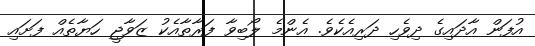
އުފަން އާދައިގެ ދިވެހި ދަރިއެކެވެ. އެންމެ ލޯބިވާ ފަރާތާއެކު ޒަވާޖީ ހަޔާތެއް ފަށައި